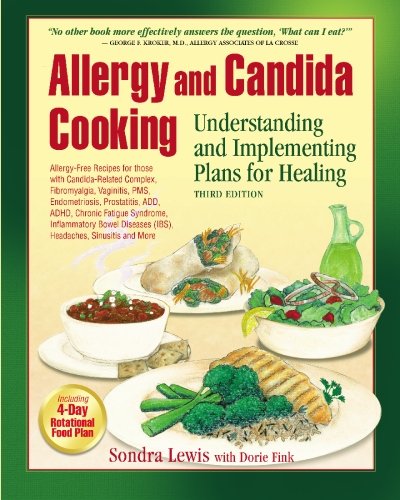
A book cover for Allergy and Candida Cooking: Understanding and Implementing Plans for Healing; Sondra Kay Lewis; Health, Fitness & Dieting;